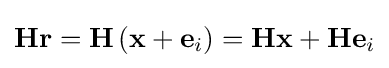
\mathbf {Hr} =\mathbf {H} \left(\mathbf {x} +\mathbf {e} _{i}\right)=\mathbf {Hx} +\mathbf {He} _{i}